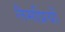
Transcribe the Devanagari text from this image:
लैमप्रियों